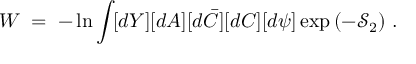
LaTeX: W \; = \; - \ln \int \! [ d Y ] [ d A ] [ d \bar { C } ] [ d C ] [ d \psi ] \exp \left( - \mathcal { S } _ { 2 } \right) \, .